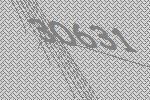
30631